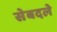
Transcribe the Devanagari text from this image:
सेबदले